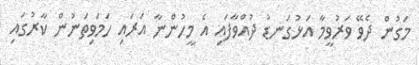
މަގުން ދެވޭ ވަރުވީމާ އަޅުގަނޑު ދުއްވާފައި އެ މީހުންނާ އަރައި ހަމަވިތަނުން ކާރުގައި